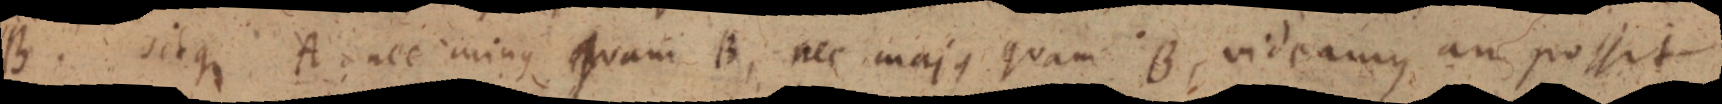
B. sitque A nec minus Quam B, nec majus quam B, videamus an possit